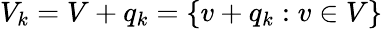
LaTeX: V_{k}=V+q_{k}=\{ v+q_{k}:v\in V\}